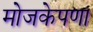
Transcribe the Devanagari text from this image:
मोजकेपणा